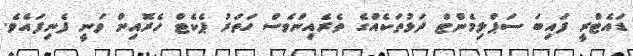
ޑައެޓްރީ ފައިބަ ސަޕްލިމެންޓް ދަޅުތަކެއްގެ ތެރެއިންވެސް ހަތަރު ޕެކެޓް ހެރޮއިން ވަނީ ފެނިފައެވެ.